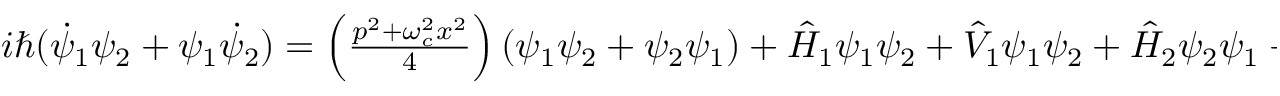
\begin{array} { r } { i \hbar ( \dot { \psi } _ { 1 } \psi _ { 2 } + \psi _ { 1 } \dot { \psi } _ { 2 } ) = \left( \frac { p ^ { 2 } + \omega _ { c } ^ { 2 } x ^ { 2 } } { 4 } \right) ( \psi _ { 1 } \psi _ { 2 } + \psi _ { 2 } \psi _ { 1 } ) + \hat { H } _ { 1 } \psi _ { 1 } \psi _ { 2 } + \hat { V } _ { 1 } \psi _ { 1 } \psi _ { 2 } + \hat { H } _ { 2 } \psi _ { 2 } \psi _ { 1 } + \hat { V } _ { 2 } \psi _ { 2 } \psi _ { 1 } } \end{array}